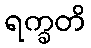
ရက္ခတိ